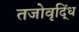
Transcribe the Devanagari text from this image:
तजोवृद्धिं